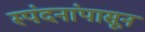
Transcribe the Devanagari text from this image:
स्पंदनांपासून